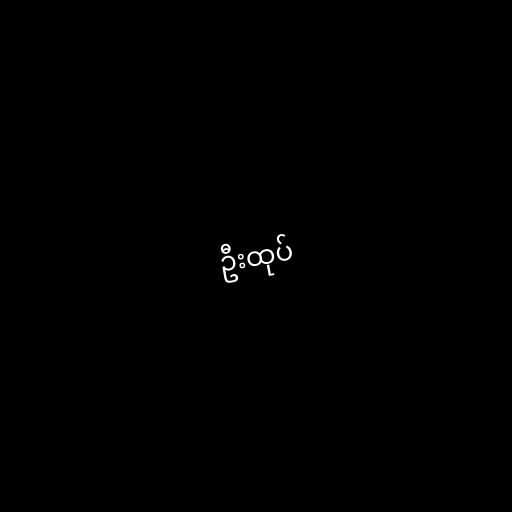
ဦးထုပ်